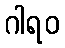
ဂါရဝ